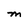
Character: M